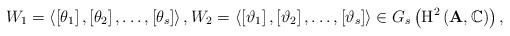
LaTeX: \begin{align*}W_{1}=\left\langle \left[ \theta _{1}\right] ,\left[ \theta _{2}\right] ,\dots,\left[ \theta _{s}\right] \right\rangle ,W_{2}=\left\langle \left[ \vartheta_{1}\right] ,\left[ \vartheta _{2}\right] ,\dots,\left[ \vartheta _{s}\right]\right\rangle \in G_{s}\left( {\rm H^{2}}\left( {\bf A},\mathbb C\right)\right),\end{align*}